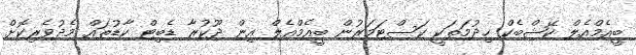
ބީއެމްއެލް ކޭޝްބެކް ހިދުމަތަކީ ކަސްޓަމަރުން ބީއެމްއެލް އިން ދޫކުރާ ޑެބިޓް ކާޑުތައް މެދުވެރިކޮށް